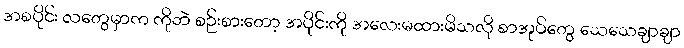
အစပိုင်း လတွေမှာက ကိုဘဲ စဉ်းစားတော့ အပိုင်းကို အလေးမထားမိသလို စာအုပ်တွေ သေသေချာချာ